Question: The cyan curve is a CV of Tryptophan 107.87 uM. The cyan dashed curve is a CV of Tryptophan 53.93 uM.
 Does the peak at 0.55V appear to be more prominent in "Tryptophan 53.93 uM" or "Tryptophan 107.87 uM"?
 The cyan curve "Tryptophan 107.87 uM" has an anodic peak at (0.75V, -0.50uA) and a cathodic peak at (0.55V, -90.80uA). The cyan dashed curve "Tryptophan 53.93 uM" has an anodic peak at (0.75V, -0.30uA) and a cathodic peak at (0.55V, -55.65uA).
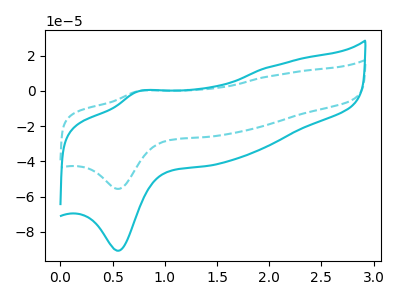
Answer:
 <answer>The peak at 0.55V is lower in "Tryptophan 53.93 uM" than in "Tryptophan 107.87 uM".</answer>
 <eval>lower</eval>